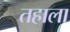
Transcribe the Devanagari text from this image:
तहाला